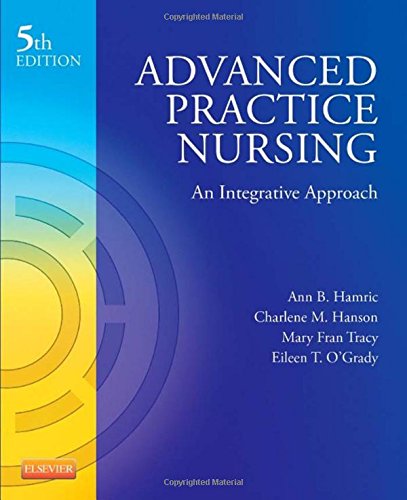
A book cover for Advanced Practice Nursing: An Integrative Approach, 5e; Ann B. Hamric PhD  RN  FAAN; Medical Books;